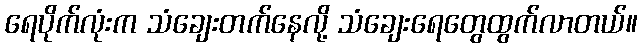
ရေပိုက်လုံးက သံချေးတက်နေလို့ သံချေးရေတွေထွက်လာတယ်။